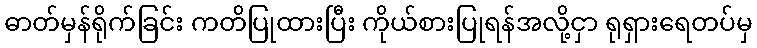
ဓာတ်မှန်ရိုက်ခြင်း ကတိပြုထားပြီး ကိုယ်စားပြုရန်အလို့ငှာ ရုရှားရေတပ်မှ